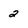
Character: 2